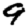
Digit: 9